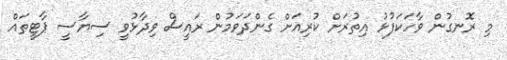
މި ރޮނގުން ވާހަކަފުޅު އިތުރަށް ކުރިއަށް ގެންދަވަމުން ރައީސް ވިދާޅުވީ ސިޔާސީ ޕާޓީތައް